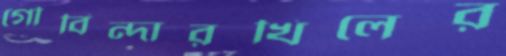
গৌবিন্দারখিলের